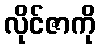
လိုင်ဇာကို